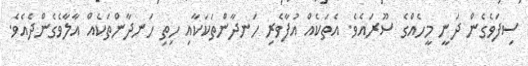
ސިފަވެގެން ދަނީ މީހެއްގެ ސޫރައެވެ. އެތަކެއް އުފާވެރި ހަނދާންތަކަކާއި ހިތި ހަނދާންތަކެއް އާލާވެގެންދެއެވެ.